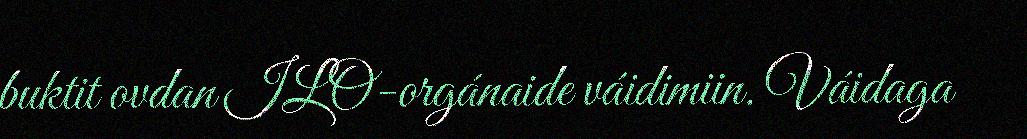
buktit ovdan ILO-orgánaide váidimiin. Váidaga